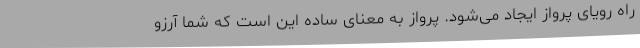
راه رویای پرواز ایجاد می‌شود. پرواز به معنای ساده این است که شما آرزو